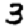
Digit: 3